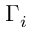
\Gamma _ { i }